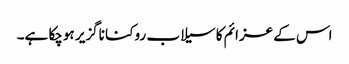
اس کے عزائم کا سیلاب روکنا ناگزیر ہوچکا ہے۔